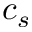
c _ { s }